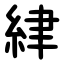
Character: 䋖